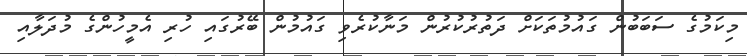
މިކަމުގެ ސަބަބުން ގައުމުތަކަށް ދަތުރުކުރުން މަނާކުރެވި ގައުމުން ބޭރުގައި ހުރި އެމީހުންގެ މުދަލާއި